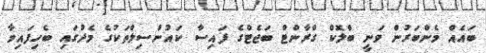
ބައެއް މެންބަރުން ވަނީ ބްލޮކް ގްރާންޓް ބަޖެޓްގެ ފައިސާ ކައުންސިލްތަކުގެ މެދުގައި ބެހިފައިވާ